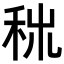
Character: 𥞕